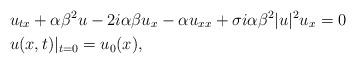
LaTeX: \begin{align*}&u_{tx}+\alpha\beta^2u-2i\alpha\beta u_x-\alpha u_{xx}+\sigma i\alpha\beta^2|u|^2u_x=0 \\&u(x,t)|_{t=0} = u_0(x),\end{align*}